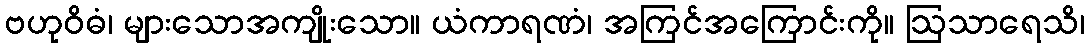
ဗဟုဝိဓံ၊ များသောအကျိုးသော။ ယံကာရဏံ၊ အကြင်အကြောင်းကို။ ဩသာရေသိ၊